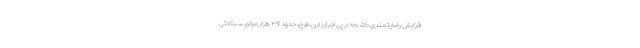
افزایش رضایتمندی داشت؛ در پی اجرای این طرح، حدود ۳۷ هزار موتور سیکلتی